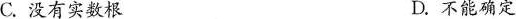
C.没有实数根 D.不能确定